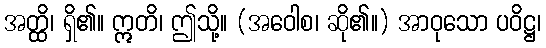
အတ္ထိ၊ ရှိ၏။ ဣတိ၊ ဤသို့။ (အဝေါစ၊ ဆို၏။) အာဝုသော ပဝိဋ္ဌ၊